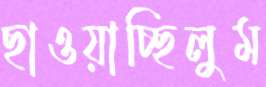
ছাওয়াচ্ছিলুম